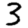
Digit: 3